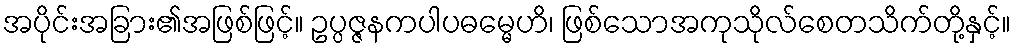
အပိုင်းအခြား၏အဖြစ်ဖြင့်။ ဥပ္ပဇ္ဇနကပါပဓမ္မေဟိ၊ ဖြစ်သောအကုသိုလ်စေတသိက်တို့နှင့်။